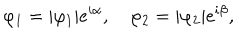
LaTeX: \varphi _ { 1 } = | \varphi _ { 1 } | e ^ { i \alpha } , \quad \varphi _ { 2 } = | \varphi _ { 2 } | e ^ { i \beta } ,